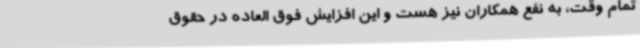
تمام وقت، به نفع همکاران نیز هست و این افزایش فوق العاده در حقوق